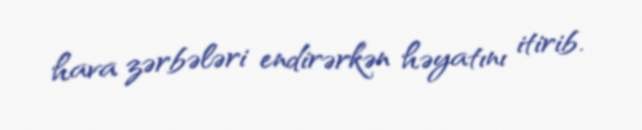
hava zərbələri endirərkən həyatını itirib.